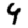
Digit: 9